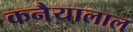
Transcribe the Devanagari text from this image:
कनैयालाल